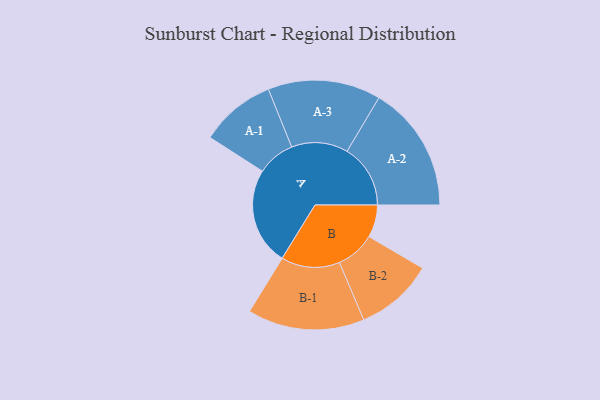
{"axis": {"x": "Segment", "y": "Value"}, "legend": ["", "A", "B"], "data": [{"x": "A", "y": 423, "type": ""}, {"x": "B", "y": 141, "type": ""}, {"x": "A-1", "y": 164, "type": "A"}, {"x": "A-2", "y": 275, "type": "A"}, {"x": "A-3", "y": 245, "type": "A"}, {"x": "B-1", "y": 254, "type": "B"}, {"x": "B-2", "y": 170, "type": "B"}]}